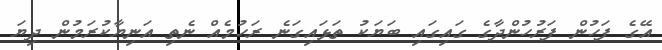
އޭގެ ފަހުން ފަރުހުންދާގެ ގައިގައި ބަޔަކު ތަޅައިގަނެ ރަހުމެއް ނެތި އަނިޔާކުރަމުން ދިޔަ